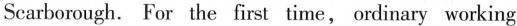
Scartorough. For the tirst time, onlinary working